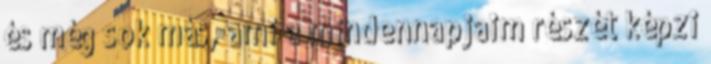
és még sok más, ami a mindennapjaim részét képzi